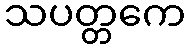
သပတ္တကေ